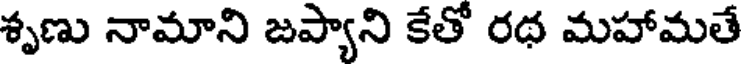
శృణు నామాని జప్యాని కేతో రథ మహామతే